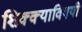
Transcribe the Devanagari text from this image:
शिक्क्याविषयी